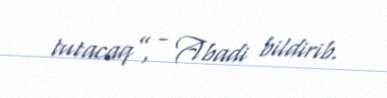
tutacaq”, - Abadi bildirib.